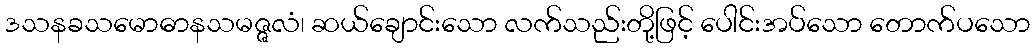
ဒသနခသမောဓာနသမဇ္ဇလံ၊ ဆယ်ချောင်းသော လက်သည်းတို့ဖြင့် ပေါင်းအပ်သော တောက်ပသော